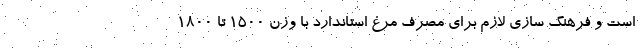
است و فرهنگ سازی لازم برای مصرف مرغ استاندارد با وزن ۱۵۰۰ تا ۱۸۰۰